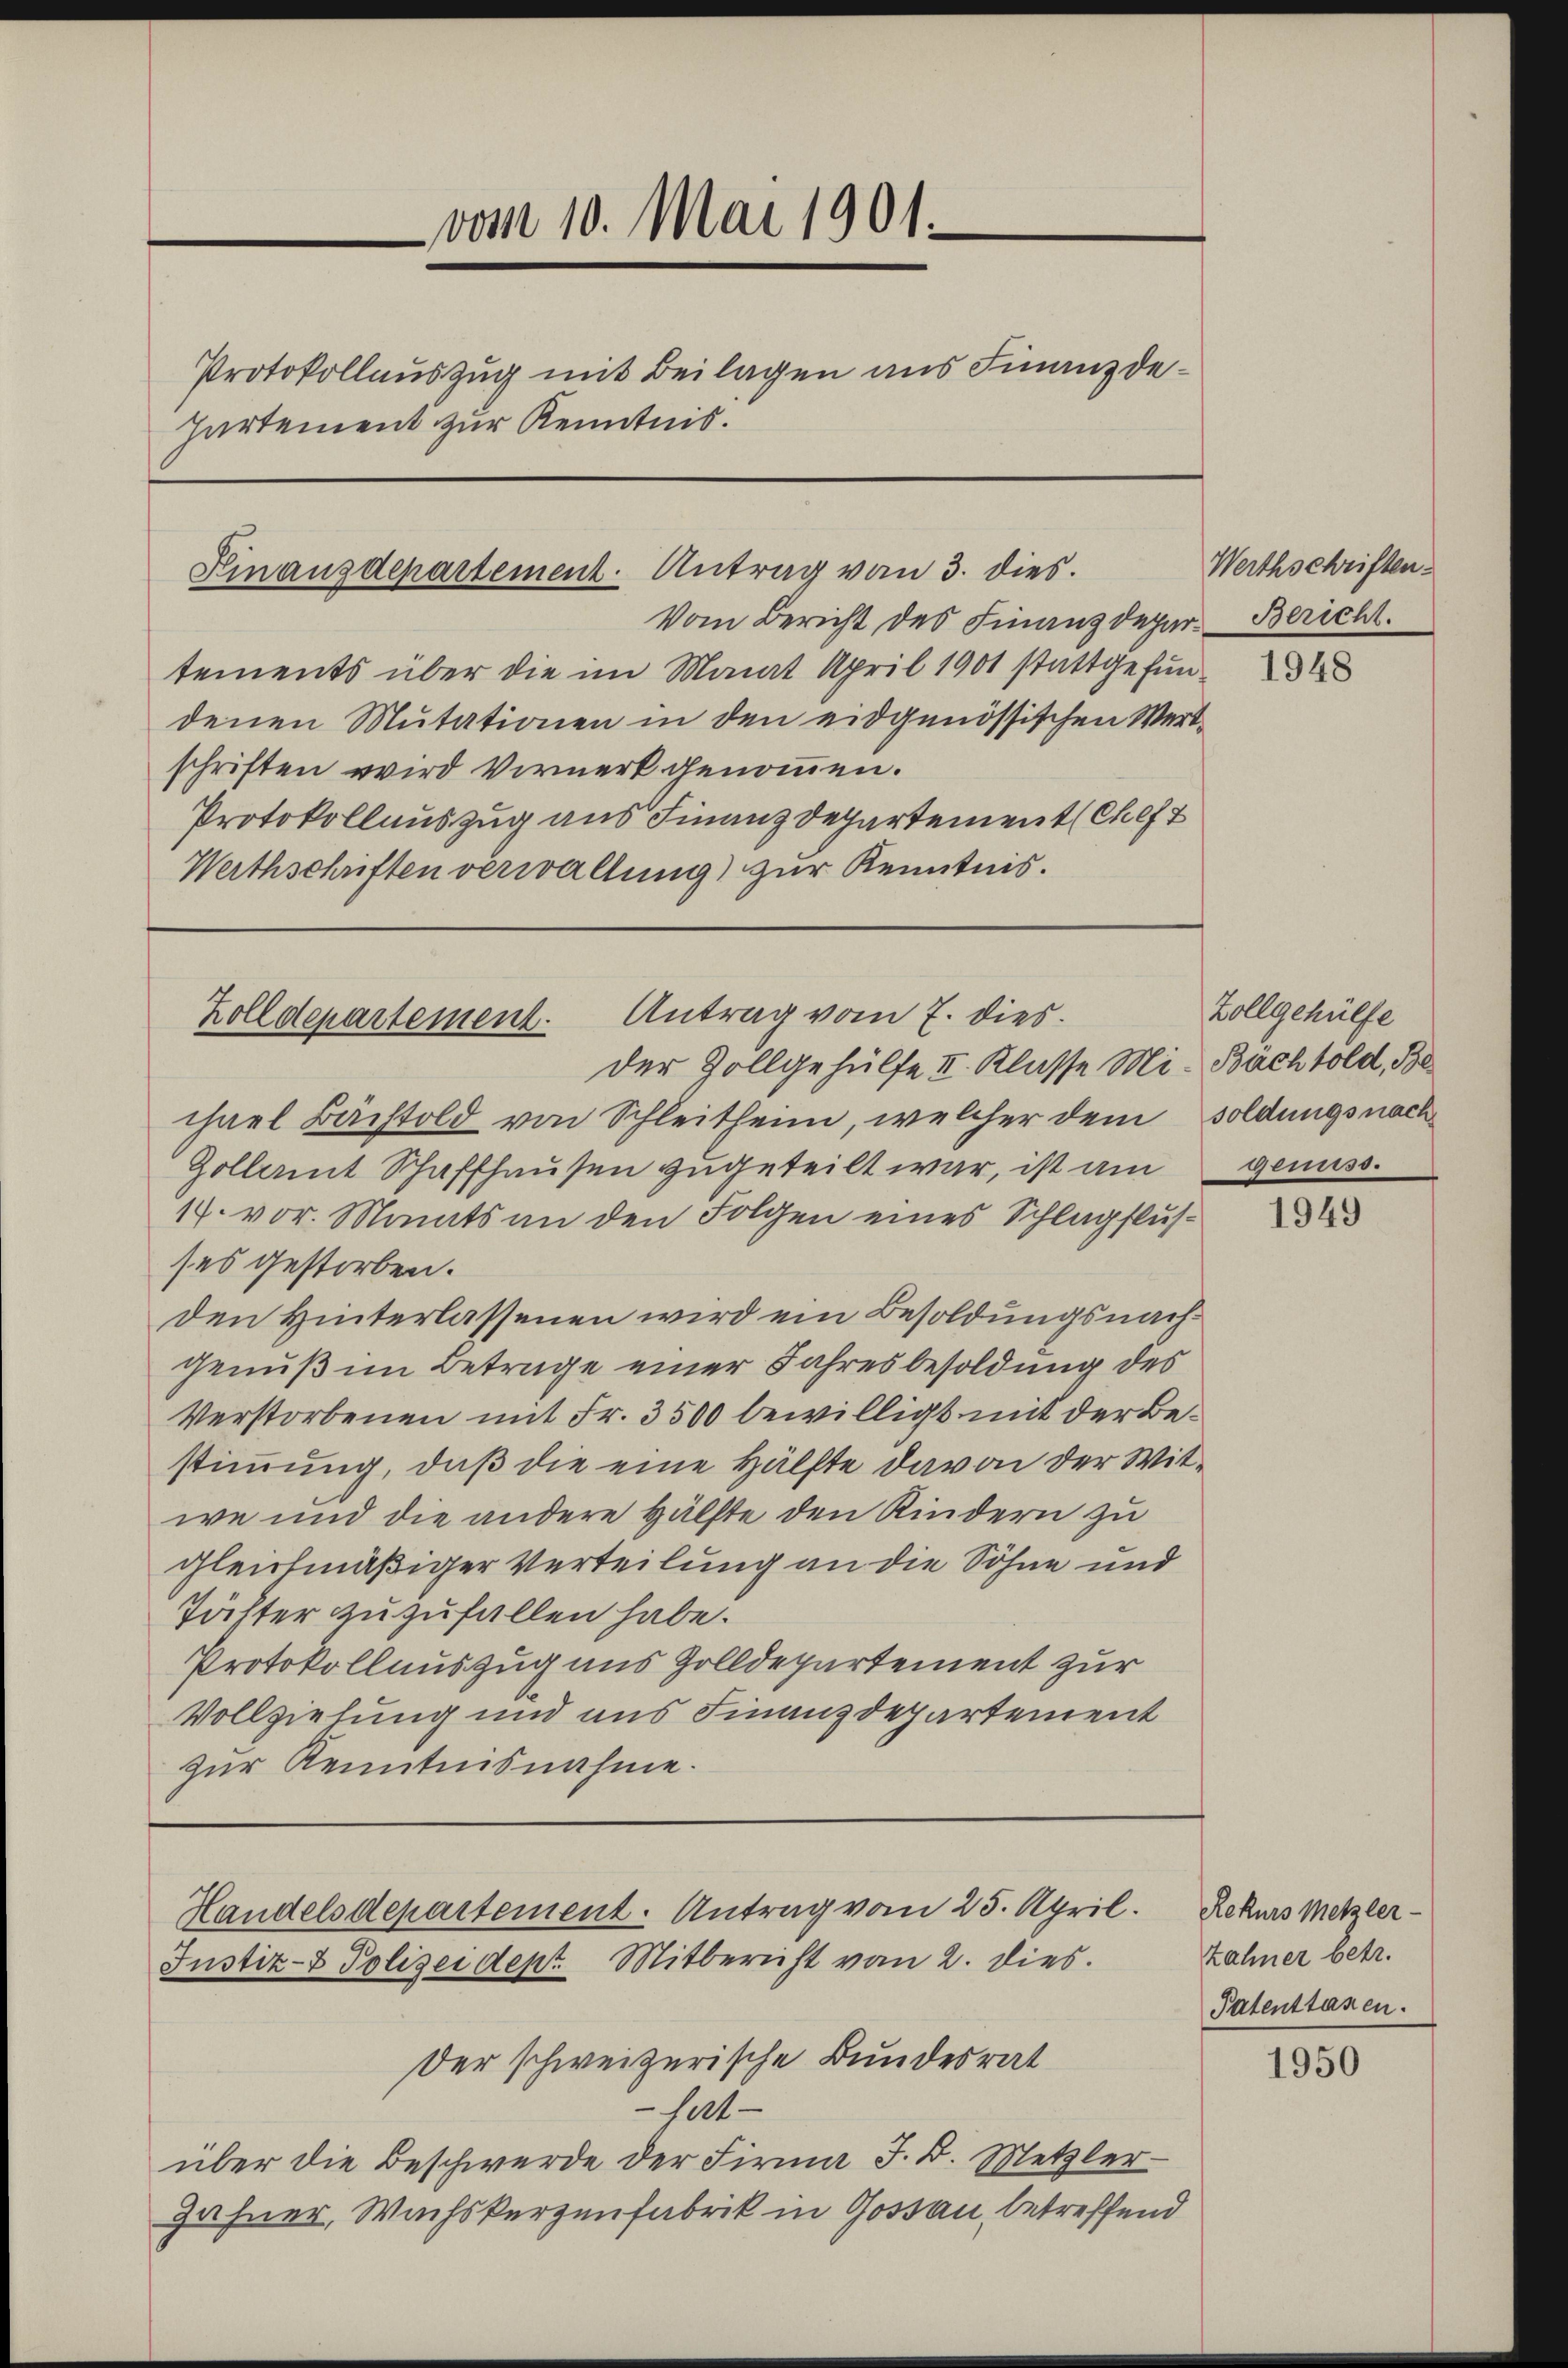
vom 10. Mai 1901.
Protokollauszug mit Beilagen aus Finanzde¬
Partement zur Kenntnis.

Kinanzdepartement. Antrag von 3. dies

Vom Bericht des Finanzdepar- Bericht.
tements über die im Monat April 1901 stattgefun
denen Mutationen in den eidgenössischen Wertschriften wird Vormerk genommen.
Protokollauszug aus Finanzdepartement (Chef
Werthschriften verwaltung) zur Kenntnis.

Zolldepartement. Antrag vom 7. dies
der Zollgehülfe II. Klasse Mi- Bächtold, Be

Handelsdepartement. Antrag vom 25. April.
Justiz- & Polizeidept. Mitbericht vom 2. dies

chael Bachtold von Schleitheim, welcher dem soldungsnach
Zollamt Schaffhausen zugeteilt war, ist am genuss.
14. vor. Monats an den Folgen eines Schlagflus
ses gestorben.
den Hinterlassenen wird ein Besoldungsnachgenuß im Betrage einer Jahresbesoldung des
Verstorbenen mit Fr. 3500 bewilligt mit der Bestimmung, daß die eine Hälfte davon der Witwe und die andere Hälfte den Kindern zu
gleichmäßiger Verteilung an die Söhne und
Töchter zu zufallen habe.
Protokollauszug aus Zolldepartement zur
Vollzielung und aus Finanzdepartement
zur Kenntnisnahme.

Der schweizerische Bundesrat
121
über die Beschwerde der Firma J. B. Metzler¬
Zähner, Wachskerzenfabrik in Gossau, betreffend

Werthschriften.

Zollgehülfe

1949

Rekurs Metzler-
zahner betr.
Patenstanen.

1950